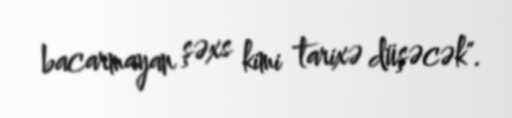
bacarmayan şəxs kimi tarixə düşəcək".